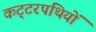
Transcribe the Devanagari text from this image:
कट्‍टरपंथियों